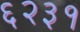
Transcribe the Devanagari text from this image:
६२३१